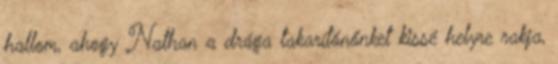
hallom, ahogy Nathan a drága takarítónőnket kissé helyre rakja,